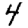
Digit: 4